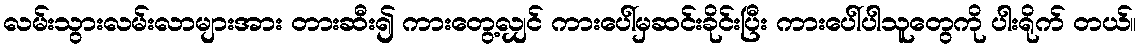
လမ်းသွားလမ်းလာများအား တားဆီး၍ ကားတွေ့လျှင် ကားပေါ်မှဆင်းခိုင်းပြီး ကားပေါ်ပါသူတွေကို ပါးရိုက် တယ်။